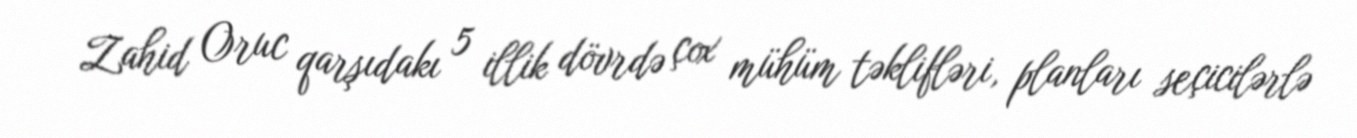
Zahid Oruc qarşıdakı 5 illik dövrdə çox mühüm təklifləri, planları seçicilərlə